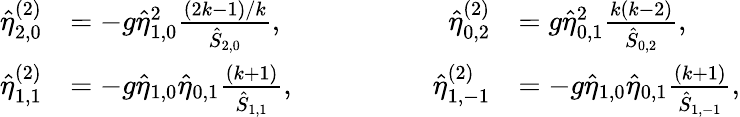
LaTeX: \begin{array}{rlrl}{\hat{\eta}_{2,0}^{(2)}}&{=-g\hat{\eta}_{1,0}^{2}\frac{(2k-1)/k}{\hat{S}_{2,0}},\qquad\qquad}&{\hat{\eta}_{0,2}^{(2)}}&{=g\hat{\eta}_{0,1}^{2}\frac{k(k-2)}{\hat{S}_{0,2}},}\\ {\hat{\eta}_{1,1}^{(2)}}&{=-g\hat{\eta}_{1,0}\hat{\eta}_{0,1}\frac{(k+1)}{\hat{S}_{1,1}},\qquad\qquad}&{\hat{\eta}_{1,-1}^{(2)}}&{=-g\hat{\eta}_{1,0}\hat{\eta}_{0,1}\frac{(k+1)}{\hat{S}_{1,-1}},}\end{array}